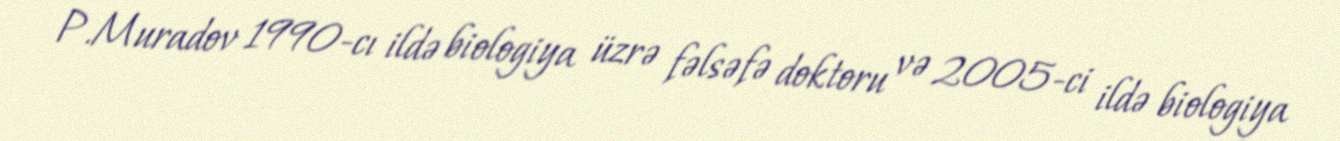
P.Muradov 1990-cı ildə biologiya üzrə fəlsəfə doktoru və 2005-ci ildə biologiya